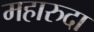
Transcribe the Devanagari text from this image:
महारुदा